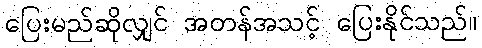
ပြေးမည်ဆိုလျှင် အတန်အသင့် ပြေးနိုင်သည်။